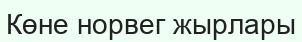
Көне норвег жырлары